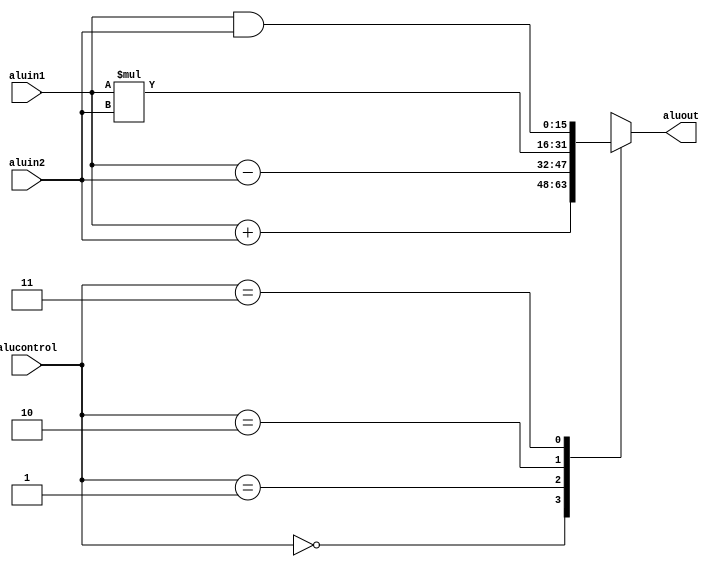
module ALU (aluin1, aluin2, alucontrol, aluout);

 input [15:0] aluin1;
 input [15:0] aluin2;
 input [1:0] alucontrol;
 output reg [15:0] aluout;

always@(aluin1,aluin2, alucontrol)
  case (alucontrol)
    2'b00 : aluout = aluin1 + aluin2 ;
    2'b01 : aluout = aluin1 - aluin2 ;
    2'b10 : aluout = aluin1 * aluin2 ;
    2'b11 : aluout = aluin1 & aluin2 ;
  endcase
endmodule